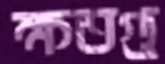
ক্ষতগু